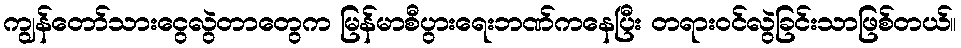
ကျွန်တော်သားငွေလွဲတာတွေက မြန်မာစီပွားရေးဘဏ်ကနေပြီး တရားဝင်လွဲခြင်းသာဖြစ်တယ်။